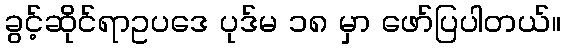
ခွင့်ဆိုင်ရာဥပဒေ ပုဒ်မ ၁၈ မှာ ဖော်ပြပါတယ်။